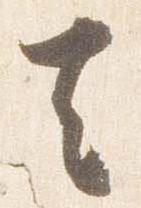
去